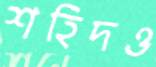
শহিদও